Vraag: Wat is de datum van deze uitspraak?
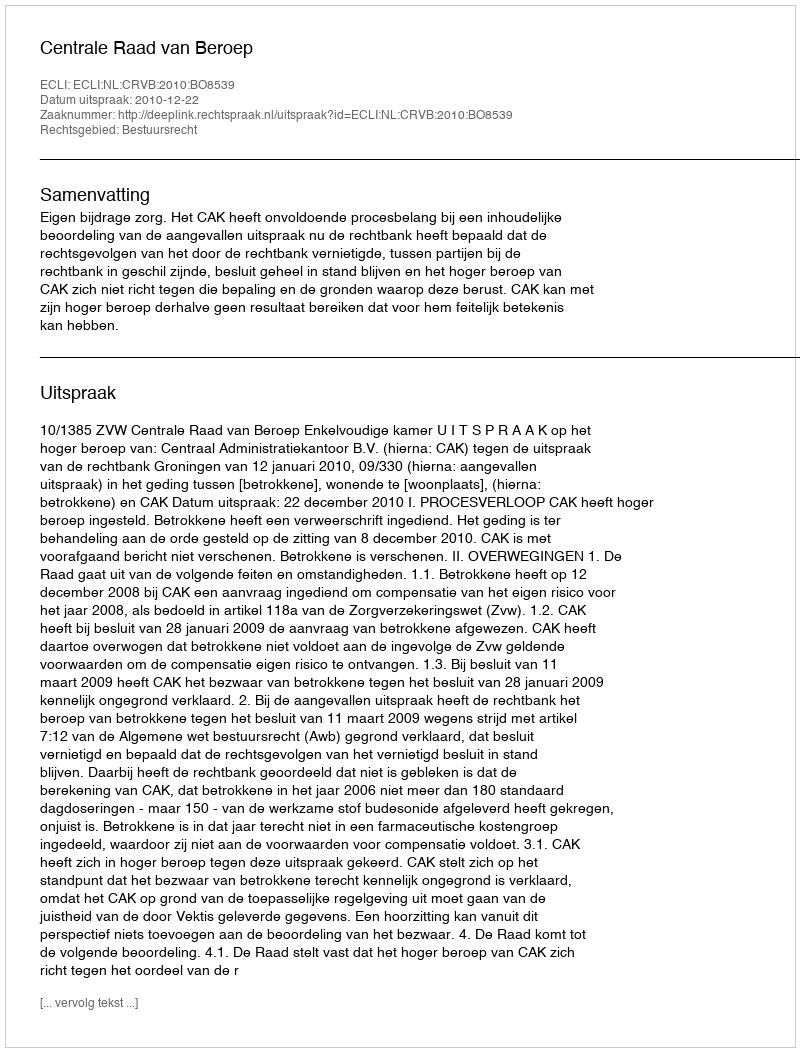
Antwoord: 2010-12-22